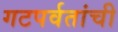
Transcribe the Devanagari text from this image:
गटपर्वतांची